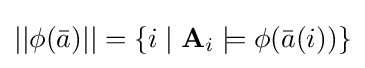
||\phi ({\bar {a}})||=\{i\mid \mathbf {A} _{i}\models \phi ({\bar {a}}(i))\}